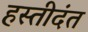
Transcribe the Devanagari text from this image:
हस्तीदंत